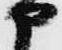
申